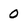
Character: 0